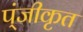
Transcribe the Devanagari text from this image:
प्ंजीकृत